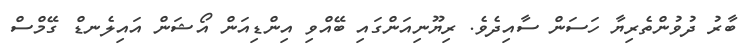
ބާރު ދުވުންތެރިޔާ ހަސަން ސާއިދެވެ. ރިޔޫނިއަންގައި ބޭއްވި އިންޑިއަން އޯޝަން އައިލެނޑް ގޭމްސް